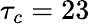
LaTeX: \tau_{c}=23